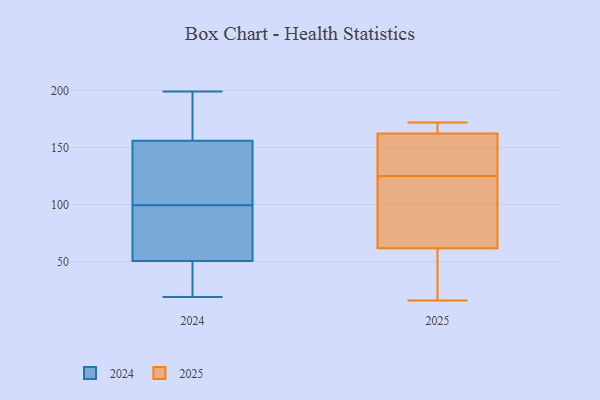
{"axis": {"x": "Bounce Rate (%)", "y": "Value"}, "legend": ["2024", "2025"], "data": [{"x": "", "y": 168, "type": "2025"}, {"x": "", "y": 87, "type": "2025"}, {"x": "", "y": 82, "type": "2025"}, {"x": "", "y": 147, "type": "2025"}, {"x": "", "y": 160, "type": "2025"}, {"x": "", "y": 163, "type": "2025"}, {"x": "", "y": 24, "type": "2025"}, {"x": "", "y": 55, "type": "2025"}, {"x": "", "y": 172, "type": "2025"}, {"x": "", "y": 16, "type": "2025"}, {"x": "", "y": 125, "type": "2025"}, {"x": "", "y": 199, "type": "2024"}, {"x": "", "y": 51, "type": "2024"}, {"x": "", "y": 186, "type": "2024"}, {"x": "", "y": 57, "type": "2024"}, {"x": "", "y": 119, "type": "2024"}, {"x": "", "y": 156, "type": "2024"}, {"x": "", "y": 34, "type": "2024"}, {"x": "", "y": 45, "type": "2024"}, {"x": "", "y": 50, "type": "2024"}, {"x": "", "y": 156, "type": "2024"}, {"x": "", "y": 139, "type": "2024"}, {"x": "", "y": 96, "type": "2024"}, {"x": "", "y": 100, "type": "2024"}, {"x": "", "y": 138, "type": "2024"}, {"x": "", "y": 186, "type": "2024"}, {"x": "", "y": 99, "type": "2024"}, {"x": "", "y": 64, "type": "2024"}, {"x": "", "y": 186, "type": "2024"}, {"x": "", "y": 19, "type": "2024"}, {"x": "", "y": 27, "type": "2024"}]}